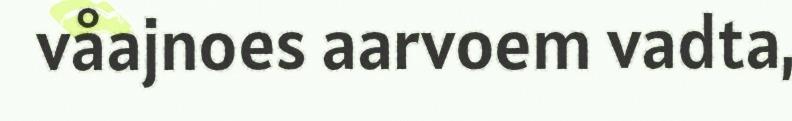
våajnoes aarvoem vadta,